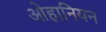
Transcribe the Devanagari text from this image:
ओहानियन